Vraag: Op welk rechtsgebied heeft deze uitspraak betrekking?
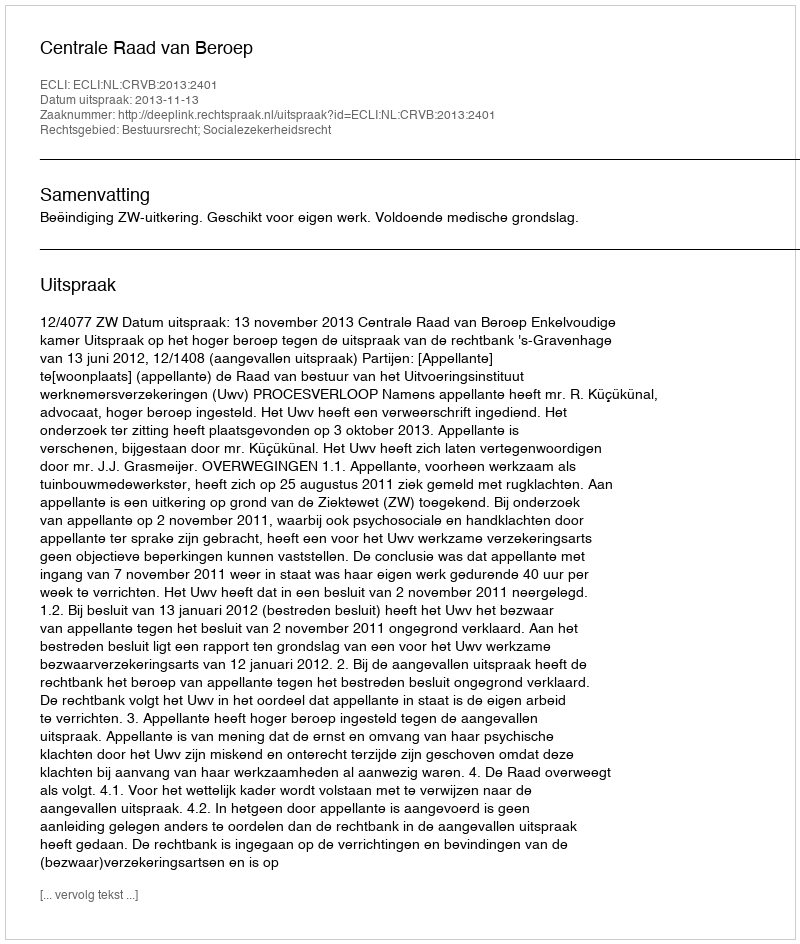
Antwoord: Bestuursrecht; Socialezekerheidsrecht